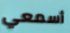
أسمعي